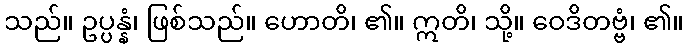
သည်။ ဥပ္ပန္နံ၊ ဖြစ်သည်။ ဟောတိ၊ ၏။ ဣတိ၊ သို့။ ဝေဒိတဗ္ဗံ၊ ၏။